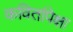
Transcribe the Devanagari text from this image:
कवितांपेक्षा